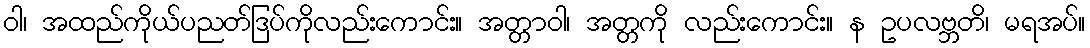
ဝါ၊ အထည်ကိုယ်ပညတ်ဒြပ်ကိုလည်းကောင်း။ အတ္တာဝါ၊ အတ္တကို လည်းကောင်း။ န ဥပလဗ္ဘတိ၊ မရအပ်။